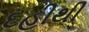
દહીથી